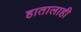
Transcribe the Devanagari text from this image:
हातालाही